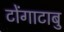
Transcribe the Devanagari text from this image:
टोंगाटाबु